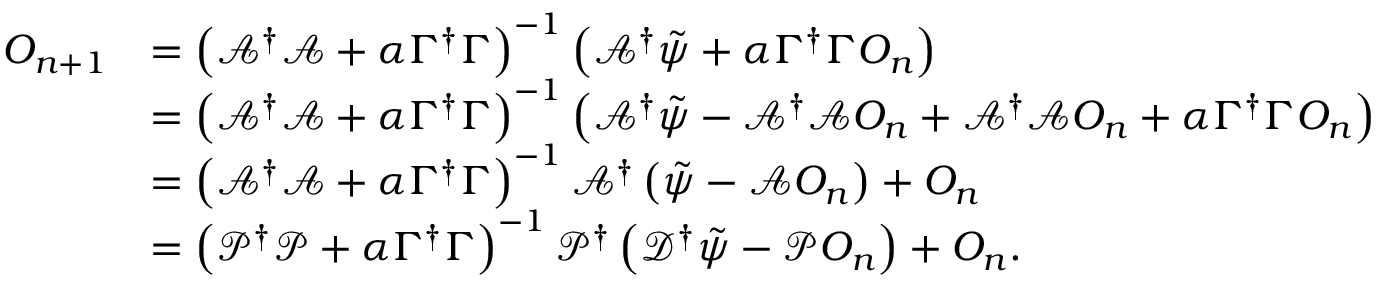
\begin{array} { r l } { O _ { n + 1 } } & { = \left( \mathcal { A } ^ { \dagger } \mathcal { A } + \alpha \Gamma ^ { \dagger } \Gamma \right) ^ { - 1 } \left( \mathcal { A } ^ { \dagger } \tilde { \psi } + \alpha \Gamma ^ { \dagger } \Gamma O _ { n } \right) } \\ & { = \left( \mathcal { A } ^ { \dagger } \mathcal { A } + \alpha \Gamma ^ { \dagger } \Gamma \right) ^ { - 1 } \left( \mathcal { A } ^ { \dagger } \tilde { \psi } - \mathcal { A } ^ { \dagger } \mathcal { A } O _ { n } + \mathcal { A } ^ { \dagger } \mathcal { A } O _ { n } + \alpha \Gamma ^ { \dagger } \Gamma O _ { n } \right) } \\ & { = \left( \mathcal { A } ^ { \dagger } \mathcal { A } + \alpha \Gamma ^ { \dagger } \Gamma \right) ^ { - 1 } \mathcal { A } ^ { \dagger } \left( \tilde { \psi } - \mathcal { A } O _ { n } \right) + O _ { n } } \\ & { = \left( \mathcal { P } ^ { \dagger } \mathcal { P } + \alpha \Gamma ^ { \dagger } \Gamma \right) ^ { - 1 } \mathcal { P } ^ { \dagger } \left( \mathcal { D } ^ { \dagger } \tilde { \psi } - \mathcal { P } O _ { n } \right) + O _ { n } . } \end{array}